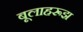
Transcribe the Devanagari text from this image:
बूलाहरूझ